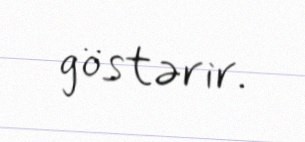
göstərir.